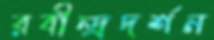
রবীন্দ্রদর্শন